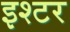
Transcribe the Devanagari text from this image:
इश्टर